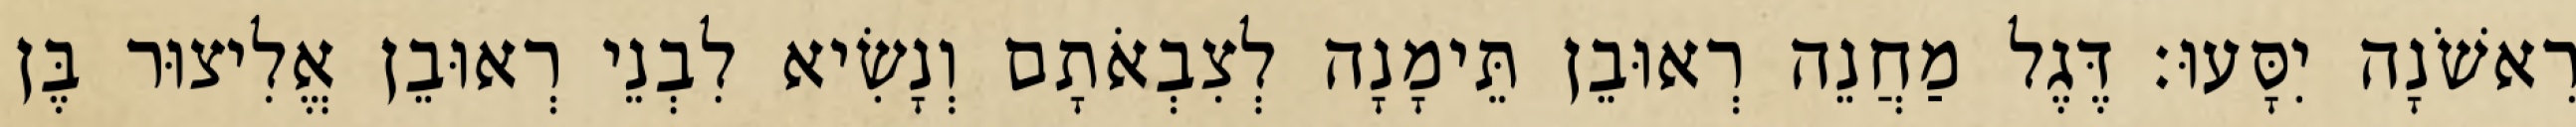
רִאשֹׁנָה יִסָּעוּ׃ דֶּגֶל מַחֲנֵה רְאוּבֵן תֵּימָנָה לְצִבְאֹתָם וְנָשִׂיא לִבְנֵי רְאוּבֵן אֱלִיצוּר בֶּן